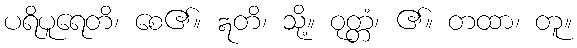
ပရိပူရေတိ၊ စေ၏။ ဣတိ၊ သို့။ ဝုတ္တံ၊ ၏။ တထာ၊ တူ။